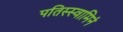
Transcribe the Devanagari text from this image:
पतिस्स्वामिनं